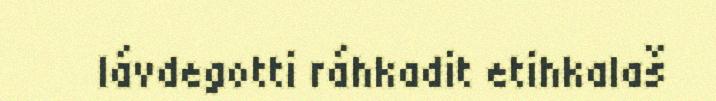
lávdegotti ráhkadit etihkalaš